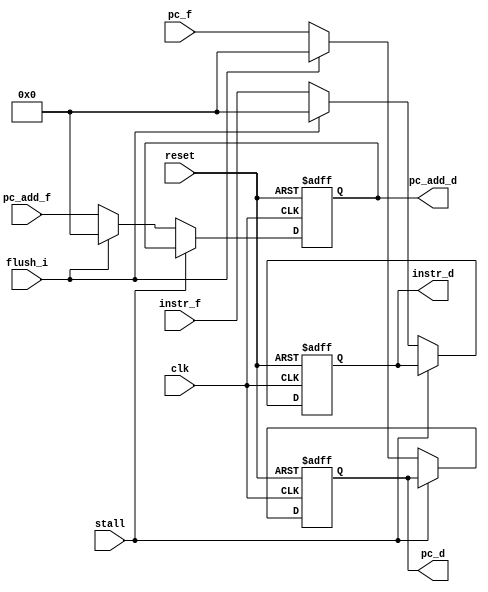
module IFID(
    clk,
    reset,
    instr_f,
    pc_f,
    pc_add_f,
    stall,
    flush_i,
    instr_d,
    pc_d,
    pc_add_d
);

input clk;
input reset;
input [31:0] instr_f;
input [31:0] pc_f;
input [31:0] pc_add_f;
input stall;
input flush_i;
output [31:0] instr_d;
output [31:0] pc_d;
output [31:0] pc_add_d;

reg [31:0] instr_d;
reg [31:0] pc_d;
reg [31:0] pc_add_d;

always @(posedge clk or negedge reset) begin
    if(~reset)begin
            pc_d <= 32'd0;
            instr_d <= 32'd0;
            pc_add_d <= 32'd0;
    end
    else if(stall) begin
            pc_d <= pc_d;
            instr_d <= instr_d;
            pc_add_d <= pc_add_d;
    end
    else if(flush_i) begin
            pc_d <= 32'd0;
            instr_d <= 32'd0;
            pc_add_d <= 32'd0;
    end
    else begin
            pc_d <= pc_f;
            instr_d <= instr_f;
            pc_add_d <= pc_add_f;
    end
end
endmodule